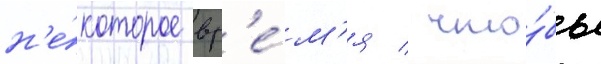
н'е́которое вр'е́м'я / что́бы